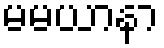
မမယာနာ